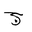
Letter: _gim